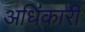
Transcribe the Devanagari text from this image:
अधिकारी